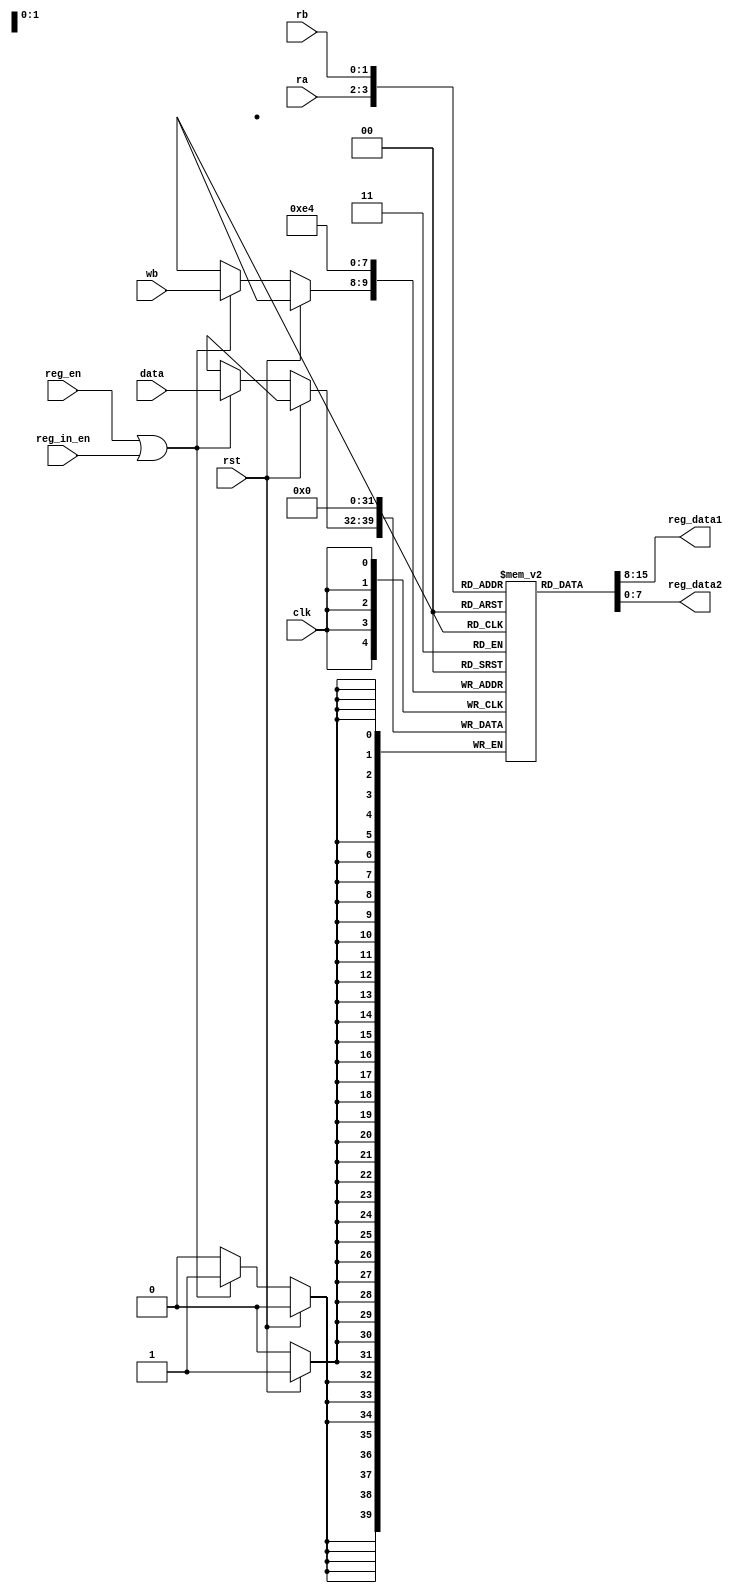
module register  
 (  
	input		   		         rst, 
	input 		        	     clk, 
    
	input 		      	[1:0] 	ra,
	input			[1:0]	rb,
	input			[1:0]	wb,
	input 	signed  	[7:0]   data, 
	input 			    	    reg_en,
	input				reg_in_en,
        
	output 	signed 		[7:0]	reg_data1,
	output 	signed		[7:0]	reg_data2 
 );  

	reg	signed  [7:0]	reg_array [0:3];	//setup the registers
	
	always @ (negedge clk) begin 	//Write on neg edge clock to keep everything in one clock cycle
		
		if(rst) begin  				//resets registers
			reg_array[0] <= 8'b0;
			reg_array[1] <= 8'b0;
			reg_array[2] <= 8'b0;
			reg_array[3] <= 8'b0;
		end else if(reg_en || reg_in_en) begin  				//
				reg_array[wb] <= data;  	//writes new values to R[ra]
			end  
	end 

	assign reg_data1 = reg_array[ra];
    	assign reg_data2 = reg_array[rb];

endmodule